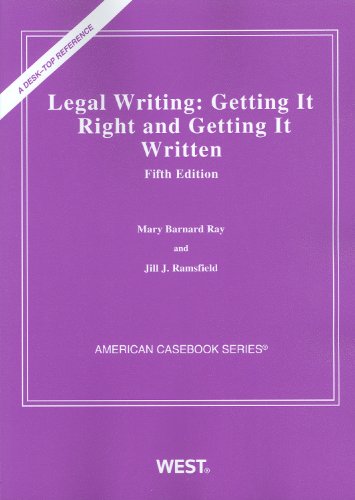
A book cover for Legal Writing: Getting It Right and Getting It Written, 5th Edition (American Casebook); Mary Barnard Ray; Law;